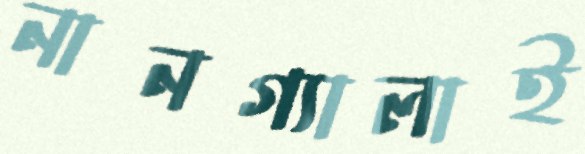
নানগ্যালাই